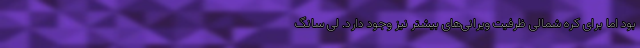
بود اما برای کره شمالی ظرفیت ویرانی‌های بیشتر نیز وجود دارد. لی سانگ